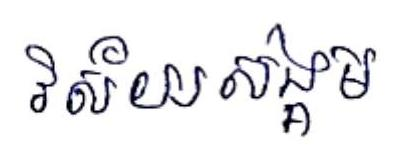
វិស័យសង្គម